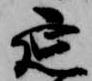
延